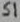
Text: S1